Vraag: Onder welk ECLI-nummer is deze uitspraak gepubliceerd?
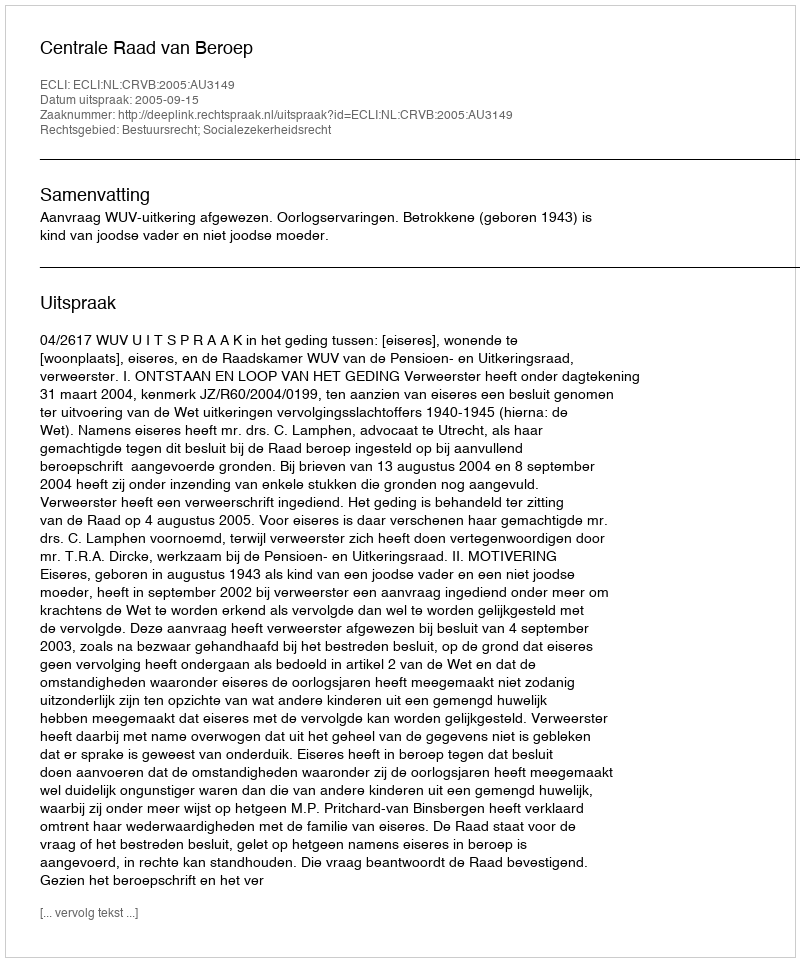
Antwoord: ECLI:NL:CRVB:2005:AU3149